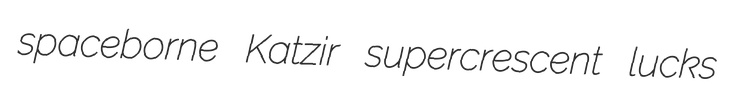
spaceborne Katzir supercrescent lucks